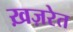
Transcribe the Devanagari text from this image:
ख़ज़रेत